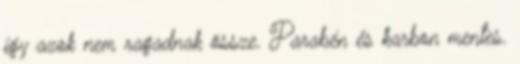
így azok nem ragadnak össze. Parabén és karbon mentes.